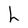
Character: h